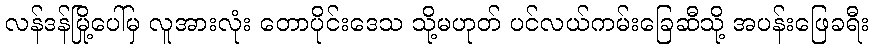
လန်ဒန်မြို့ပေါ်မှ လူအားလုံး တောပိုင်းဒေသ သို့မဟုတ် ပင်လယ်ကမ်းခြေဆီသို့ အပန်းဖြေခရီး